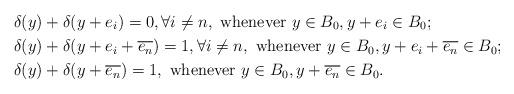
LaTeX: \begin{align*}& \delta(y)+\delta(y+e_i)=0, \forall i\neq n, \textrm{ whenever } y\in B_0, y+e_i\in B_0; \\& \delta(y)+\delta(y+e_i+\overline{e_n})=1, \forall i\neq n, \textrm{ whenever } y\in B_0, y+e_i+\overline{e_n}\in B_0; \\& \delta(y)+\delta(y+\overline{e_n})=1, \textrm{ whenever } y\in B_0, y+\overline{e_n}\in B_0.\end{align*}